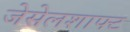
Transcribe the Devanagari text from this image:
जेसेलशाफ्ट